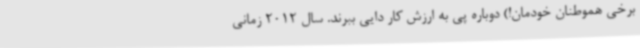
برخی هموطنان خودمان!) دوباره پی به ارزش کار دایی ببرند. سال 2012 زمانی